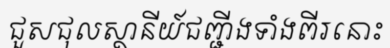
ជួសជុលស្ថានីយ៍ជញ្ជីងទាំងពីរនោះ